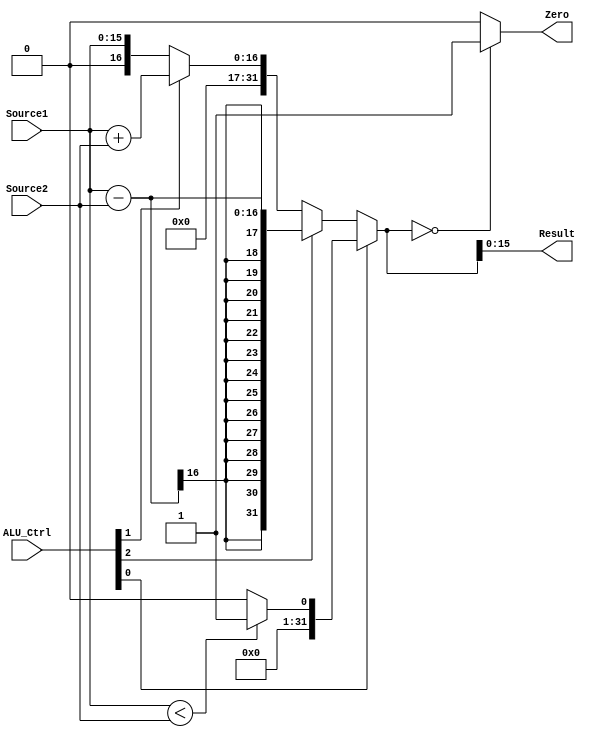
`timescale 1ns / 1ps

module ALU(Source1, Source2, ALU_Ctrl, Result, Zero);

   input [15:0] Source1;
   input [15:0] Source2;
   input [3:0] ALU_Ctrl;
	output wire [15:0] Result;
	output wire Zero;
	
	/// ALU_Ctrl  ///
	//  0010  add  //
	//  0110  sub  //
	//  0111  slt  //
	/////////////////
	
	assign Result = ALU_Ctrl[0] ? ((Source1 < Source2) ? 1 : 0) : (ALU_Ctrl[2] ? Source1 - Source2 : (ALU_Ctrl[1] ? Source1 + Source2 : Source1));
	assign Zero = ((ALU_Ctrl[0] ? ((Source1 < Source2) ? 1 : 0) : (ALU_Ctrl[2] ? Source1 - Source2 : (ALU_Ctrl[1] ? Source1 + Source2 : Source1))) == 15'd0)?1:0;

endmodule